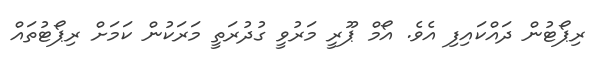
ރިޕޯޓުން ދައްކައިފި އެވެ. އޯމް ޕޫރީ މަރުވީ ގުދުރަތީ މަރަކުން ކަމަށް ރިޕޯޓުތައް